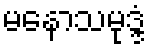
မနောသမုဒ္ဒံ